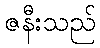
ဇနီးသည်